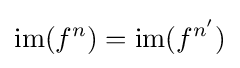
\mathrm {im} (f^{n})=\mathrm {im} (f^{n'})